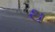
થ